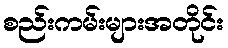
စည်းကမ်းများအတိုင်း